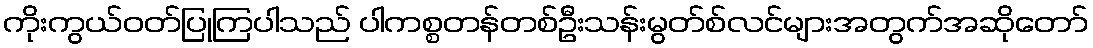
ကိုးကွယ်ဝတ်ပြုကြပါသည် ပါကစ္စတန်တစ်ဦးသန်းမွတ်စ်လင်များအတွက်အဆိုတော်